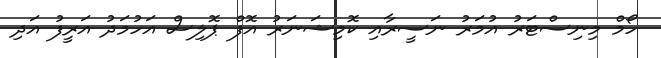
ހޯމް މިނިސްޓަރު އުމަރު ނަސީރާއި ކޮމިޝަނަރު އޮފް ޕޮލިސް އަހުމަދު އަރީފު އަދި